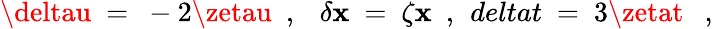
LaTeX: \deltau\ =\ -2\zetau\ \ ,\ \ \ \delta\mathbf{x}\ =\ \zeta\mathbf{x}\ \ ,\ \, deltat\ =\ 3\zetat\ \ \ ,